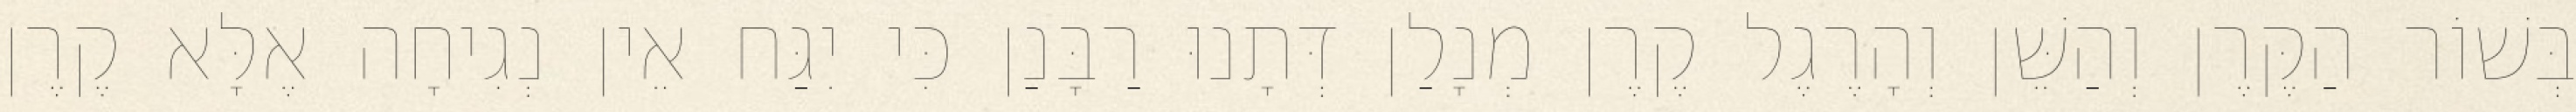
בְּשׁוֹר הַקֶּרֶן וְהַשֵּׁן וְהָרֶגֶל קֶרֶן מְנָלַן דְּתָנוּ רַבָּנַן כִּי יִגַּח אֵין נְגִיחָה אֶלָּא קֶרֶן